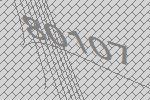
80107